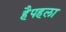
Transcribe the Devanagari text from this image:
हैपहला